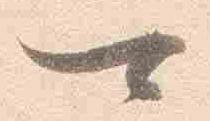
可